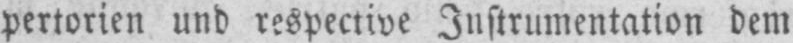
pertorien und respective Instrumentation dem